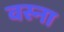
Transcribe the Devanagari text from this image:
वस्ना